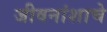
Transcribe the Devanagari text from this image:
जीवनांशाचे